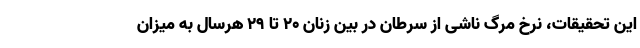
این تحقیقات، نرخ مرگ ناشی از سرطان در بین زنان ۲۰ تا ۲۹ هرسال به میزان